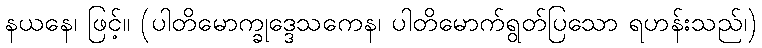
နယနေ၊ ဖြင့်။ (ပါတိမောက္ခုဒ္ဒေသကေန၊ ပါတိမောက်ရွတ်ပြသော ရဟန်းသည်၊)